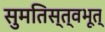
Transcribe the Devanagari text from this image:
सुमतिस्त्वभूत्